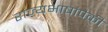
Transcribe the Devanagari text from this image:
राज्यभाषांपैकी